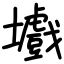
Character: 㚀